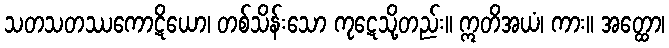
သတသတဿကောဋိယော၊ တစ်သိန်းသော ကုဋေသို့တည်း။ ဣတိအယံ၊ ကား။ အတ္ထော၊